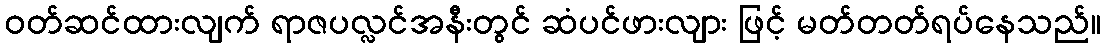
ဝတ်ဆင်ထားလျက် ရာဇပလ္လင်အနီးတွင် ဆံပင်ဖားလျား ဖြင့် မတ်တတ်ရပ်နေသည်။